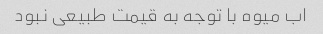
اب میوه با توجه به قیمت طبیعی نبود